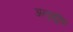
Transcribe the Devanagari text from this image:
अनुशूकि